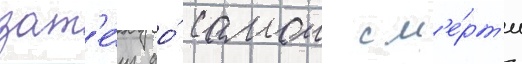
зат'е́м до́ самои см'е́рт'и